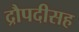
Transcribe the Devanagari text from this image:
द्रौपदीसह